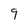
Character: 9